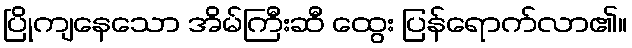
ပြိုကျနေသော အိမ်ကြီးဆီ ထွေး ပြန်ရောက်လာ၏။